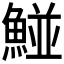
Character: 𩹁